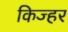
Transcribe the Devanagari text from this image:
किज्हर